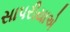
સાપરીયાએ